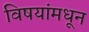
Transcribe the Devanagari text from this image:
विषयांमधून